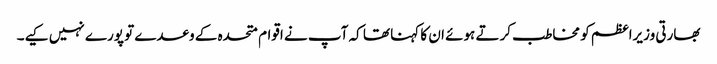
بھارتی وزیراعظم کو مخاطب کرتے ہوئے ان کا کہنا تھا کہ آپ نے اقوام متحدہ کے وعدے تو پورے نہیں کیے۔